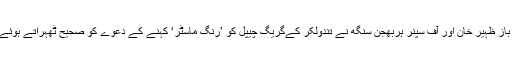
بھارتی کرکٹ ٹیم کے سابق کپتان سورو گنگولی، تیز گیند باز ظہیر خان اور آف سپنر ہربھجن سنگھ نے تندولکر کےگریگ چیپل کو ’رنگ ماسٹر‘ کہنے کے دعوے کو صحیح ٹھہراتے ہوئے کہا کہ ان کے دور میں بھارتی کرکٹ کو بہت نقصان ہوا۔